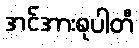
အင်အားစုပါတီ